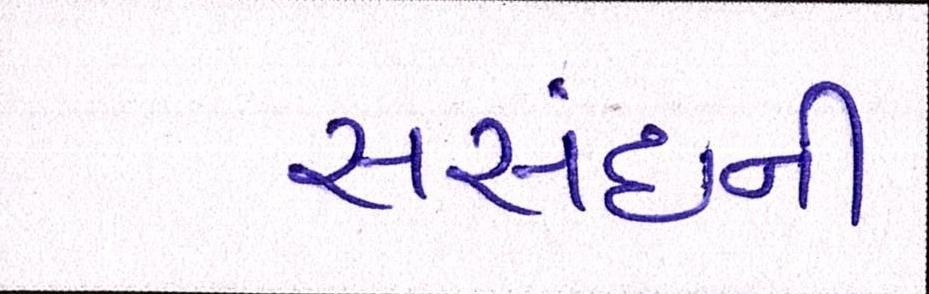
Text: સંસદની